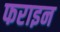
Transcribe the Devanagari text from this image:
फराइन